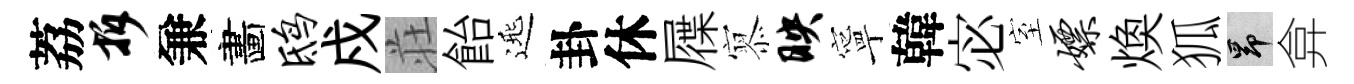
荔拆兼畵鸱戍荘飴𨓱卦休屧𡪹映寧韓宓室嫖焕狐昂弇